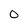
Character: O